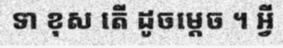
ទា ខុស តើ ដូចម្តេច ។ អ្វី